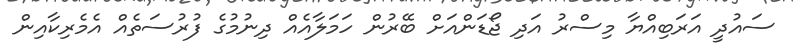
ސައުދީ އަރަބިއްޔާ މިސްރު އަދި ޖޯޑަންއަށް ބޭރުން ހަމަލާއެއް ދިނުމުގެ ފުރުސަތެއް އެމެރިކާއިން